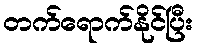
တက်ရောက်နိုင်ပြီး